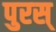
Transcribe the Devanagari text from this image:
पुरस्